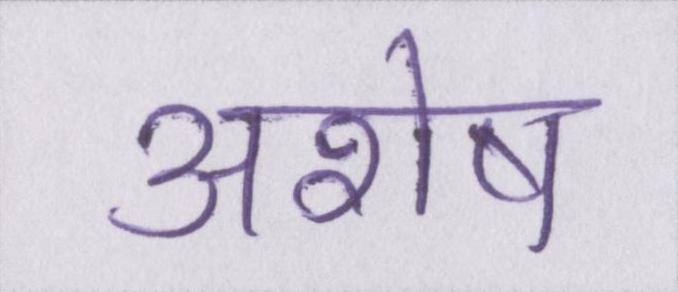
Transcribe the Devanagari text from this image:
अशेष